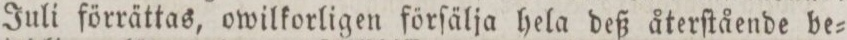
Juli förrättas, owilkorligen förſälja hela deß återſtående be=